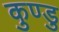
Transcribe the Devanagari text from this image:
कुण्डु